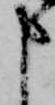
申